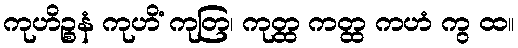
ကုဟိဉ္စနံ ကုဟိံ ကုတြ၊ ကုတ္ထ ကတ္ထ ကဟံ ကွ ထ။